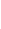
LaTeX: B\! \! \! \! \! \! \! \! \! \! \! \! _{\! }\! \! \! \! \! \! \! \! \! \! \! 1\! \! \! \! \! \! \! \! \! \! \! \! =\! \! \! \! \! \! \! \! \! \! \! \! B\! \! \! \! \! \! \! \! \! \! \! \! _{r\! \! \! \! \! \! \! \! \! \! \! \! _{\! }\! \! \! \! \! \! \! \! \! \! \! 1}\! \! \! \! \! \! \! \! \! \! \! \! (\! \! \! \! \! \! \! \! \! \! \! \! \mathbf{x}\! \! \! \! \! \! \! \! \! \! \! \! _{\! }\! \! \! \! \! \! \! \! \! \! \! 0\! \! \! \! \! \! \! \! \! \! \! \! )\! \! \! \! \! \! \! \! \! \! \! \! \subset\! \! \! \! \! \! \! \! \! \! \! \! D\! \! \! \! \! \! \! \! \! \! \!